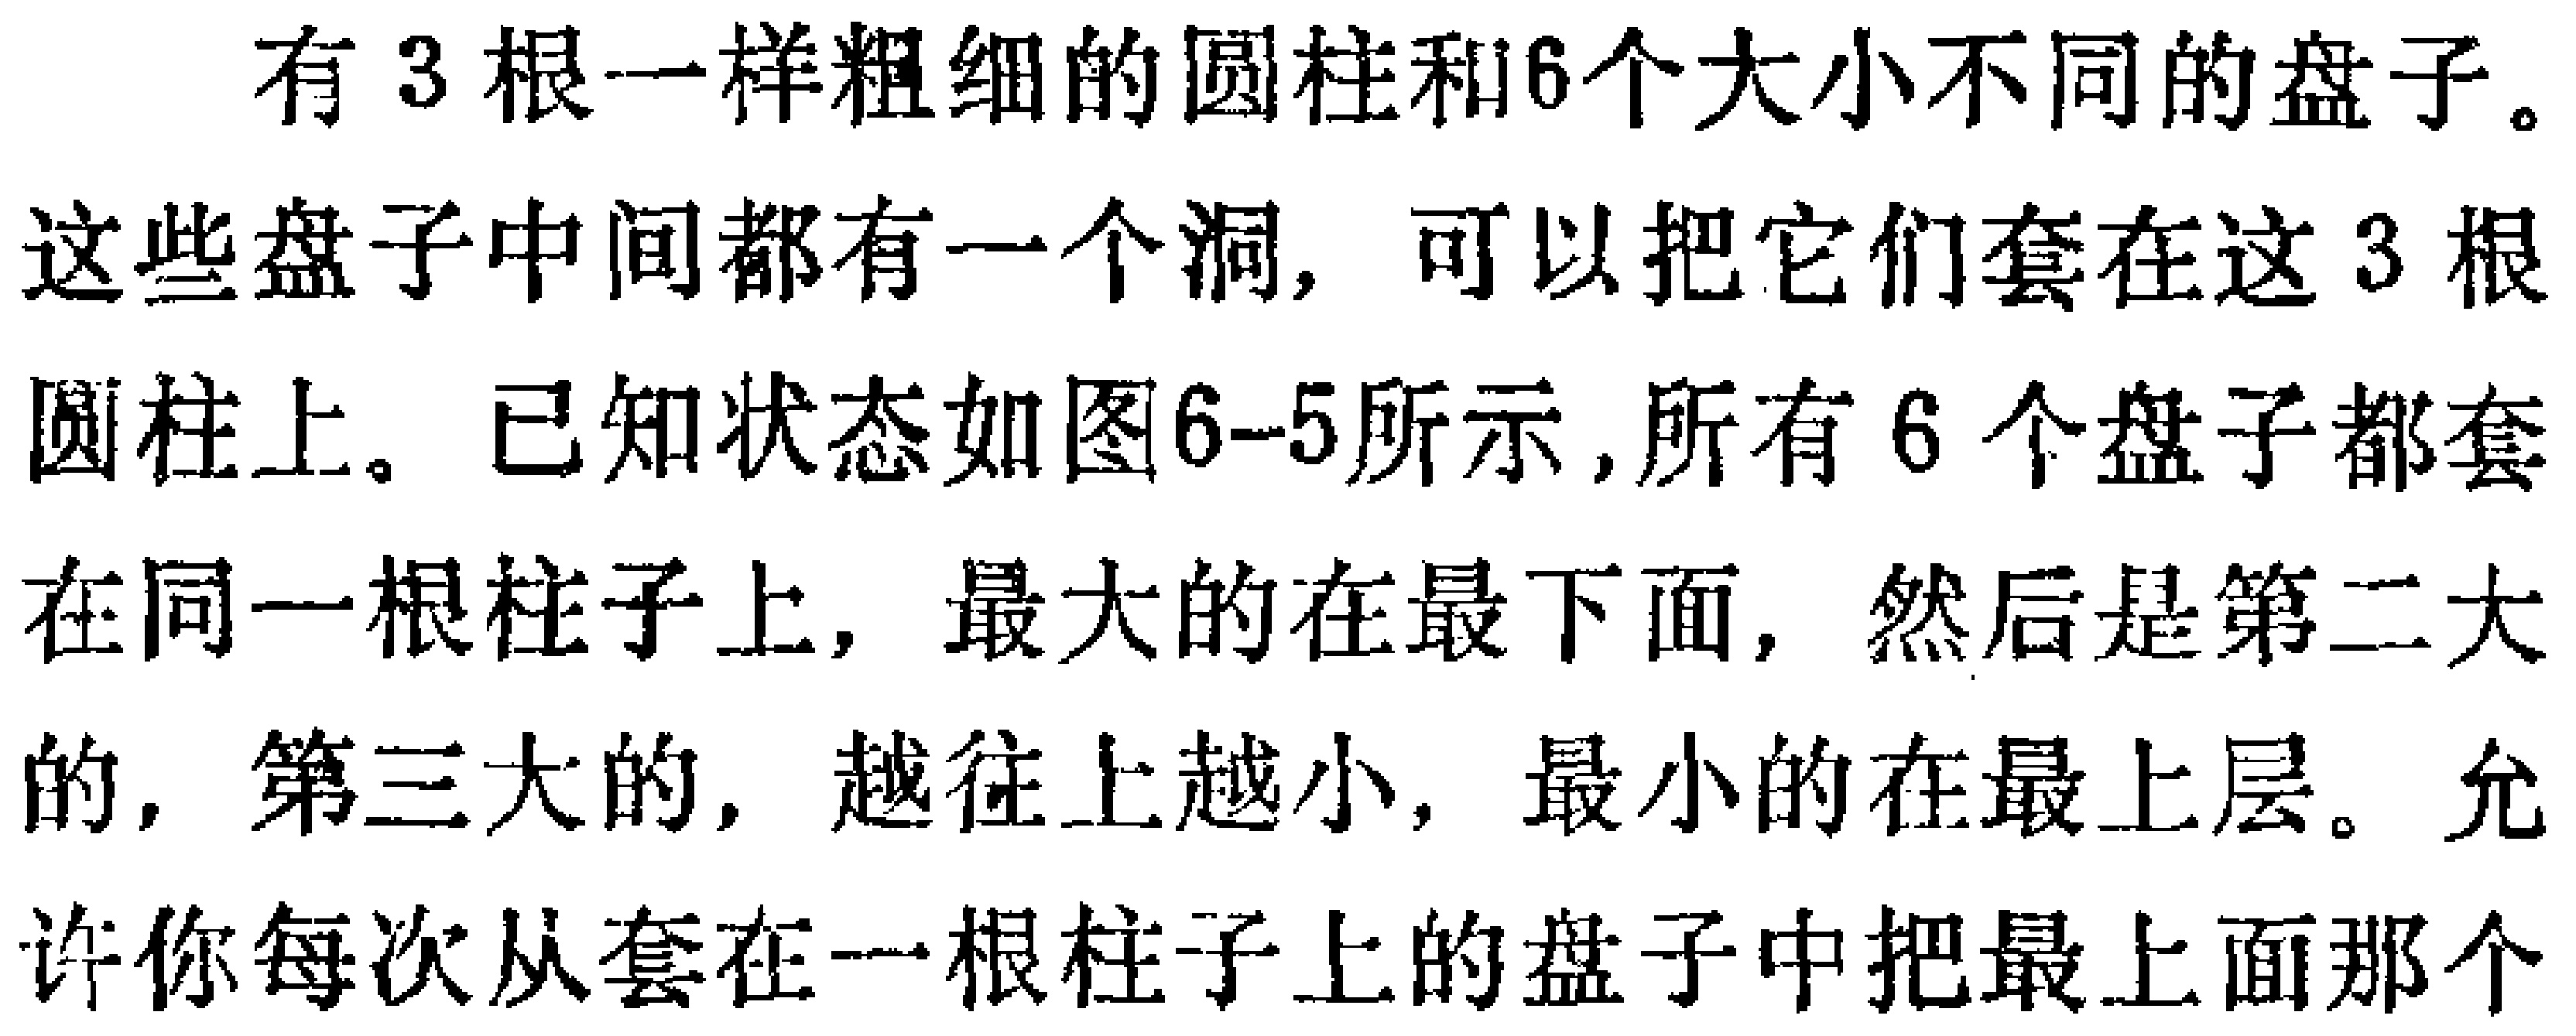
有 3 根一样粗细的圆柱和6个大小不同的盘子。这些盘子中间都有一个洞，可以把它们套在这 3 根圆柱上。已知状态如图6-5所示,所有 6 个盘子都套在同一根柱子上，最大的在最下面，然后是第二大的，第三大的，越往上越小，最小的在最上层。允许你每次从套在一根柱子上的盘子中把最上面那个